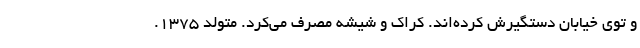
و توی خیابان دستگیرش کرده‌اند. کراک و شیشه مصرف می‌کرد. متولد 1375.